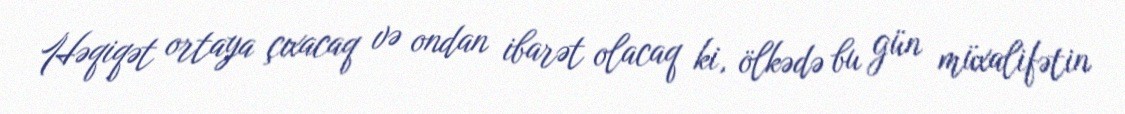
Həqiqət ortaya çıxacaq və ondan ibarət olacaq ki, ölkədə bu gün müxalifətin